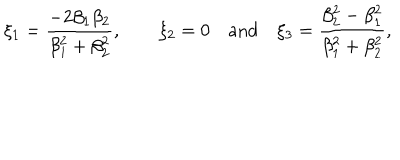
LaTeX: \xi _ { 1 } = \frac { - 2 \beta _ { 1 } \beta _ { 2 } } { \beta _ { 1 } ^ { 2 } + \beta _ { 2 } ^ { 2 } } , \qquad \xi _ { 2 } = 0 \quad \mathrm { a n d \quad } \xi _ { 3 } = \frac { \beta _ { 2 } ^ { 2 } - \beta _ { 1 } ^ { 2 } } { \beta _ { 1 } ^ { 2 } + \beta _ { 2 } ^ { 2 } } ,